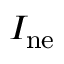
I _ { \mathrm { n e } }